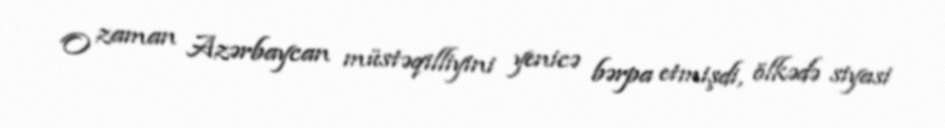
O zaman Azərbaycan müstəqilliyini yenicə bərpa etmişdi, ölkədə siyasi